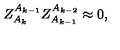
Z _ { A _ { k } } ^ { A _ { k - 1 } } Z _ { A _ { k - 1 } } ^ { A _ { k - 2 } } \approx 0 ,